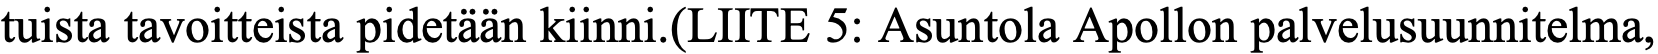
tuista tavoitteista pidetään kiinni.(LIITE 5: Asuntola Apollon palvelusuunnitelma,